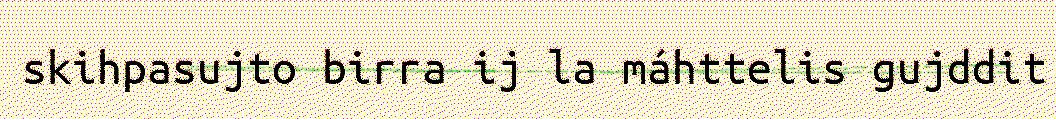
skihpasujto birra ij la máhttelis gujddit